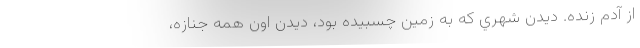
از آدم زنده. ديدن شهري كه به زمين چسبيده بود، ديدن اون همه جنازه،